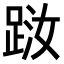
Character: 𨀾